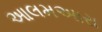
આલમઅારા